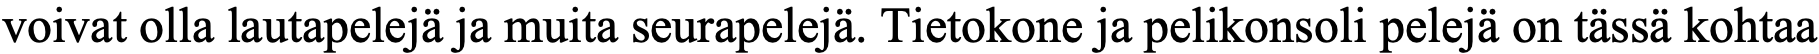
voivat olla lautapelejä ja muita seurapelejä. Tietokone ja pelikonsoli pelejä on tässä kohtaa